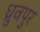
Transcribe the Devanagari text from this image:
ध्रुवपुर